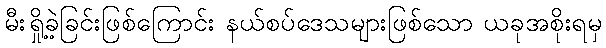
မီးရှို့ခဲ့ခြင်းဖြစ်ကြောင်း နယ်စပ်ဒေသများဖြစ်သော ယခုအစိုးရမှ